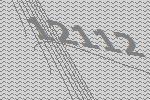
12112